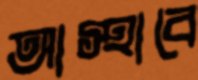
আস্হাবে